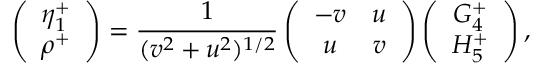
\left( \begin{array} { c } { { \eta _ { 1 } ^ { + } } } \\ { { \rho ^ { + } } } \end{array} \right) = \frac { 1 } { ( v ^ { 2 } + u ^ { 2 } ) ^ { 1 / 2 } } \left( \begin{array} { c c } { { - v } } & { { u } } \\ { { u } } & { { v } } \end{array} \right) \left( \begin{array} { c } { { G _ { 4 } ^ { + } } } \\ { { H _ { 5 } ^ { + } } } \end{array} \right) ,